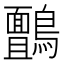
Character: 𮭙